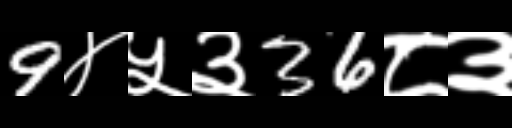
Text: 9४५३36८३